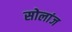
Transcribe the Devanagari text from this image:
सोलांज